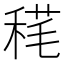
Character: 𥟪